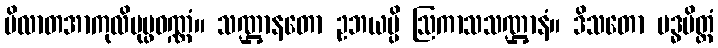
မိလာတအာကုလိပုပ္ဖဝဏ္ဏံ။ သဏ္ဌာနတော ဥဘယမ္ပိ ဩကာသသဏ္ဌာနံ။ ဒိသတော ဗဒ္ဓပိတ္တံ